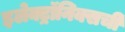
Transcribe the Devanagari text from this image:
इलेक्ट्रॉनिक्सची